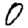
Digit: 0